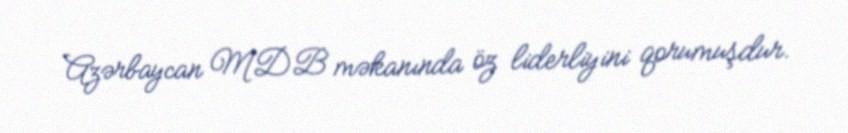
Azərbaycan MDB məkanında öz liderliyini qorumuşdur.